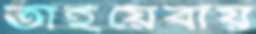
তাইয়েবায়